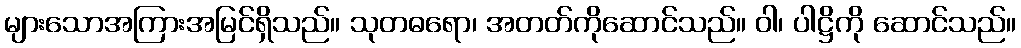
များသောအကြားအမြင်ရှိသည်။ သုတဓရော၊ အတတ်ကိုဆောင်သည်။ ဝါ၊ ပါဋ္ဌိကို ဆောင်သည်။